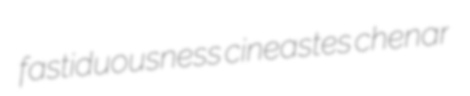
fastiduousness cineastes chenar